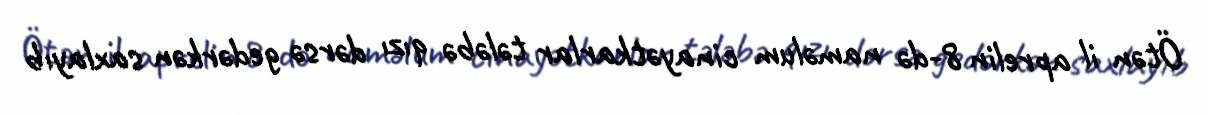
Ötən il aprelin 8-də naməlum cinayətkarlar tələbə qızı dərsə gedərkən saxlayıb